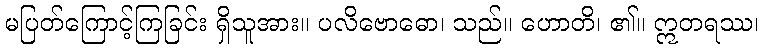
မပြတ်ကြောင့်ကြခြင်း ရှိသူအား။ ပလိဗောဓော၊ သည်။ ဟောတိ၊ ၏။ ဣတရဿ၊